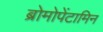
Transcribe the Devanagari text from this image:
ब्रोमोपेंटामिन